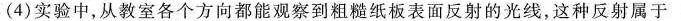
(4)实验中，从教室各个方向都能观察到粗糙纸板表面反射的光线，这种反射属于